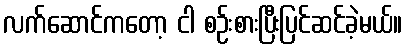
လက်ဆောင်ကတော့ ငါ စဉ်းစားပြီးပြင်ဆင်ခဲ့မယ်။